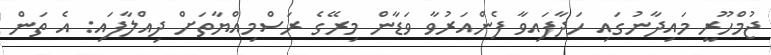
ޖުމްހޫރީ މައިދާނުގައި ހަދާފައިވާ ފެންއަރުވާ ވަޑާން މިރޭގެ ރަސްމިއްޔާތަށް ދިއްލާފައި: އެ ތަން